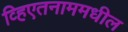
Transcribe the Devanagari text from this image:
व्हिएतनाममधील